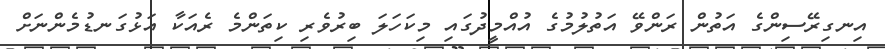
އިނގިރޭސިންގެ އަތުން ރަންވޭ އަތުލުމުގެ އުއްމީދުގައި މިކަހަލަ ބިރުވެރި ކިތަންމެ ރެއަކާ އަޅުގަނޑުމެންނަށް